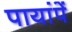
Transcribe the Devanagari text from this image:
पायांपें